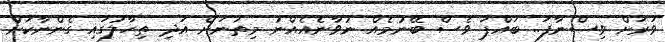
ވަރަށް ވިސްނާފަ.. ބައްޕަ ވެސް ބޭނުމެއް ނުވާނެއެއްނު މިތަނަށް އަދި ތިހާލުގައި ގެންނާކަށް